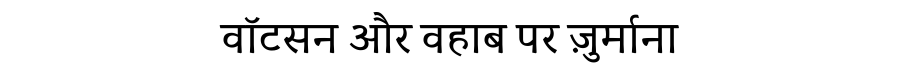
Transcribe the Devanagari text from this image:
वॉटसन और वहाब पर ज़ुर्माना